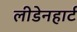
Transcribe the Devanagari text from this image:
लीडेनहार्ट